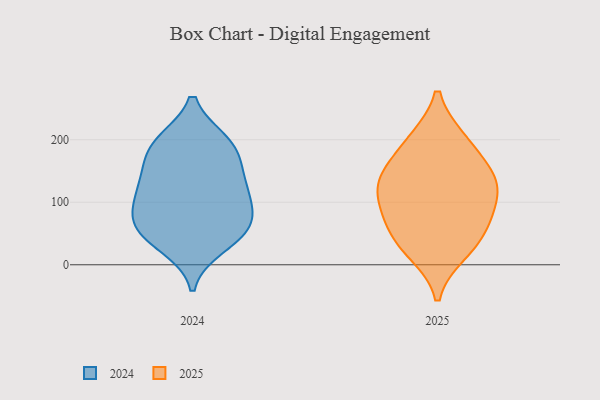
{"axis": {"x": "Energy Usage (MWh)", "y": "Value"}, "legend": ["2024", "2025"], "data": [{"x": "", "y": 50, "type": "2025"}, {"x": "", "y": 143, "type": "2025"}, {"x": "", "y": 74, "type": "2025"}, {"x": "", "y": 200, "type": "2025"}, {"x": "", "y": 144, "type": "2025"}, {"x": "", "y": 92, "type": "2025"}, {"x": "", "y": 20, "type": "2025"}, {"x": "", "y": 96, "type": "2025"}, {"x": "", "y": 199, "type": "2025"}, {"x": "", "y": 141, "type": "2025"}, {"x": "", "y": 31, "type": "2025"}, {"x": "", "y": 127, "type": "2025"}, {"x": "", "y": 101, "type": "2024"}, {"x": "", "y": 67, "type": "2024"}, {"x": "", "y": 194, "type": "2024"}, {"x": "", "y": 126, "type": "2024"}, {"x": "", "y": 116, "type": "2024"}, {"x": "", "y": 197, "type": "2024"}, {"x": "", "y": 196, "type": "2024"}, {"x": "", "y": 70, "type": "2024"}, {"x": "", "y": 155, "type": "2024"}, {"x": "", "y": 72, "type": "2024"}, {"x": "", "y": 41, "type": "2024"}, {"x": "", "y": 121, "type": "2024"}, {"x": "", "y": 168, "type": "2024"}, {"x": "", "y": 53, "type": "2024"}, {"x": "", "y": 30, "type": "2024"}]}